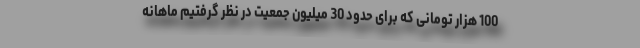
100 هزار تومانی که برای حدود 30 میلیون جمعیت در نظر گرفتیم ماهانه